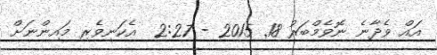
އައް ވެދާނެ ނޮވެމްބަރު 18